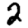
Digit: 2